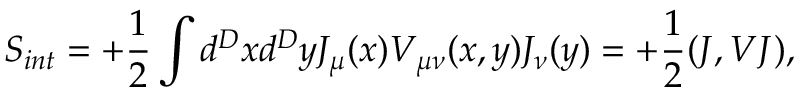
S _ { i n t } = + { \frac { 1 } { 2 } } \int d ^ { D } x d ^ { D } y { \cal J } _ { \mu } ( x ) { V } _ { \mu \nu } ( x , y ) { \cal J } _ { \nu } ( y ) = + { \frac { 1 } { 2 } } ( { \cal J } , V { \cal J } ) ,